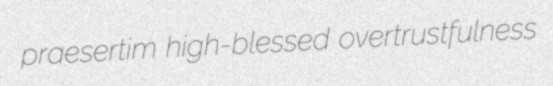
praesertim high-blessed overtrustfulness